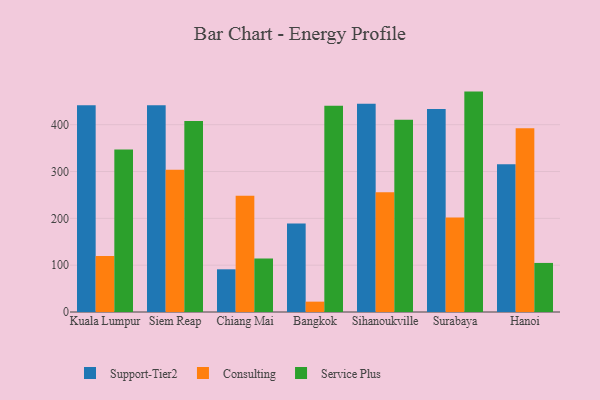
{"axis": {"x": "City", "y": "Energy Usage (MWh)"}, "legend": ["Consulting", "Service Plus", "Support-Tier2"], "data": [{"x": "Kuala Lumpur", "y": 441.7, "type": "Support-Tier2"}, {"x": "Kuala Lumpur", "y": 119.4, "type": "Consulting"}, {"x": "Kuala Lumpur", "y": 347.2, "type": "Service Plus"}, {"x": "Siem Reap", "y": 441.4, "type": "Support-Tier2"}, {"x": "Siem Reap", "y": 303.6, "type": "Consulting"}, {"x": "Siem Reap", "y": 407.8, "type": "Service Plus"}, {"x": "Chiang Mai", "y": 91.2, "type": "Support-Tier2"}, {"x": "Chiang Mai", "y": 248.3, "type": "Consulting"}, {"x": "Chiang Mai", "y": 114.1, "type": "Service Plus"}, {"x": "Bangkok", "y": 189.2, "type": "Support-Tier2"}, {"x": "Bangkok", "y": 22.1, "type": "Consulting"}, {"x": "Bangkok", "y": 440.3, "type": "Service Plus"}, {"x": "Sihanoukville", "y": 445.0, "type": "Support-Tier2"}, {"x": "Sihanoukville", "y": 255.6, "type": "Consulting"}, {"x": "Sihanoukville", "y": 410.8, "type": "Service Plus"}, {"x": "Surabaya", "y": 433.3, "type": "Support-Tier2"}, {"x": "Surabaya", "y": 201.8, "type": "Consulting"}, {"x": "Surabaya", "y": 470.7, "type": "Service Plus"}, {"x": "Hanoi", "y": 315.7, "type": "Support-Tier2"}, {"x": "Hanoi", "y": 392.4, "type": "Consulting"}, {"x": "Hanoi", "y": 104.8, "type": "Service Plus"}]}